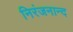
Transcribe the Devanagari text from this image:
निरंजनान्द